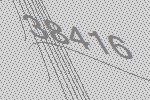
38416